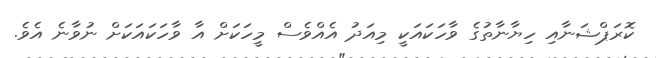
ކޮރަޕްޝަނާއި ހިޔާނާތުގެ ވާހަކައަކީ މިއަދު އެއްވެސް މީހަކަށް އާ ވާހަކައަކަށް ނުވާނެ އެވެ.